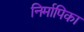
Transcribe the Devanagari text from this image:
निर्मापिका